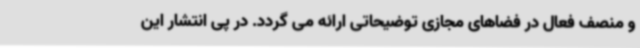
و منصف فعال در فضاهای مجازی توضیحاتی ارائه می گردد. در پی انتشار این